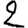
Digit: 2